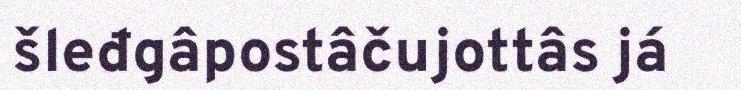
šleđgâpostâčujottâs já